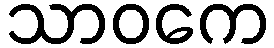
သာဝကေ